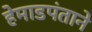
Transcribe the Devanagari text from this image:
हेमाडपंताने